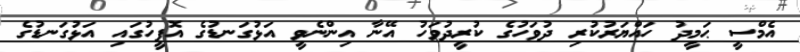
އެމްސީ ޙަމީދު ހައްޔަރުކުރި ދުވަހުގެ ކުރީދުވަހު އޭނާ އިންނެވީ އަޅުގަނޑުގެ އޮފީހުގައި އަޅުގަނޑުގެ